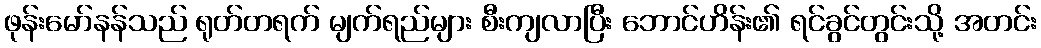
ဖုန်းမော်နန်သည် ရုတ်တရက် မျက်ရည်များ စီးကျလာပြီး ဘောင်ဟိန်း၏ ရင်ခွင်တွင်းသို့ အတင်း